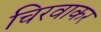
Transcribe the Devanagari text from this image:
चिरवाकर